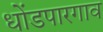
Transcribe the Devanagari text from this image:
धोंडपारगाव